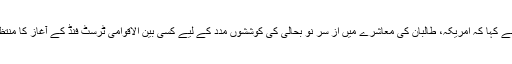
انہوں نے کہا کہ امریکہ، طالبان کی معاشرے میں از سرِ نو بحالی کی کوششوں مدد کے لیے کسی بین الاقوامی ٹرسٹ فنڈ کے آغاز کا منتظر ہے۔